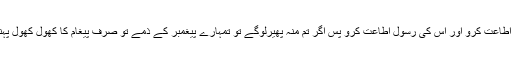
اور اللہ کی اطاعت کرو اور اس کی رسول اطاعت کرو پس اگر تم منہ پھیرلوگے تو تمہارے پیغمبر کے ذمے تو صرف پیغام کا کھول کھول پہنچا دینا ہے۔